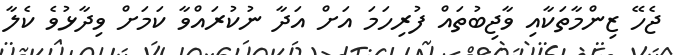
ޖެހޭ ޒިންމާތަކާއި ވާޖިބުތައް ފުރިހަމަ އަށް އަދާ ނުކުރައްވާ ކަމަށް ވިދާޅުވެ ކެލާ